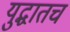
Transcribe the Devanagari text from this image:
युद्धातच